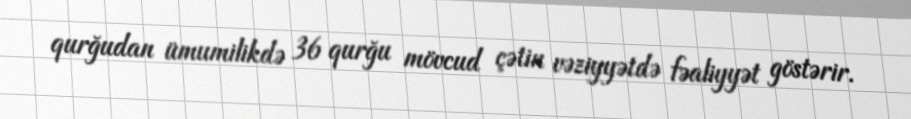
qurğudan ümumilikdə 36 qurğu mövcud çətin vəziyyətdə fəaliyyət göstərir.